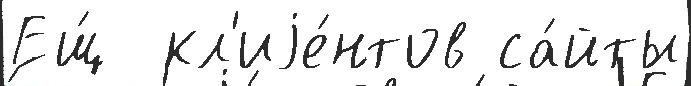
Ещ́  кл'иjе́нтов са́йты